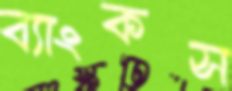
ব্যাংকস